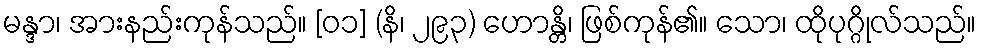
မန္ဒာ၊ အားနည်းကုန်သည်။ [၀၁] (နိ၊ ၂၉၃) ဟောန္တိ၊ ဖြစ်ကုန်၏။ သော၊ ထိုပုဂ္ဂိုလ်သည်။